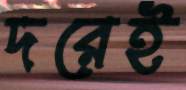
দরেই